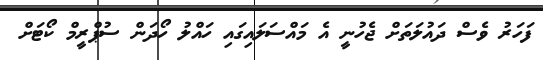
ފަހަރު ވެސް ދައުލަތަށް ޖެހުނީ އެ މައްސަލައިގައި ހައްލު ހޯދަން ސުޕްރީމް ކޯޓަށް